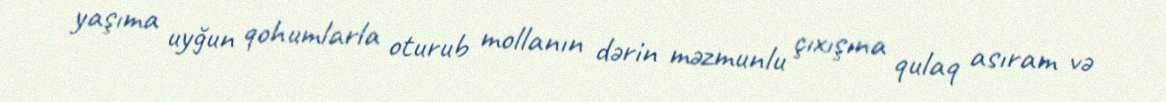
yaşıma uyğun qohumlarla oturub mollanın dərin məzmunlu çıxışına qulaq asıram və